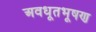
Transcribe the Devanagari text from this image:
अवधूतभूषण